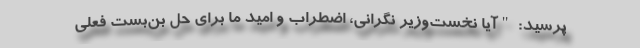
پرسید: "آیا نخست‌وزیر نگرانی، اضطراب و امید ما برای حل بن‌بست فعلی